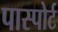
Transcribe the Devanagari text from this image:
पास्पोर्ट